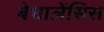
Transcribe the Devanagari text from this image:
बेघालेंसिस